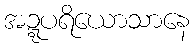
အဍ္ဍပရိယောသာနေ